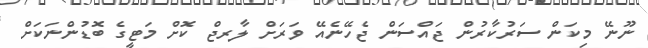
ނޫނޭ މިކަން ސަރުކާރުން ޖައްސަން ޖެހޭނެއޭ ވަރަށް ލާރޖް ކޮށް މަޓީގެ ބޮޑުންނަކަށް